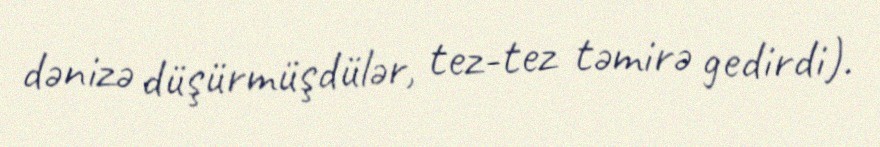
dənizə düşürmüşdülər, tez-tez təmirə gedirdi).